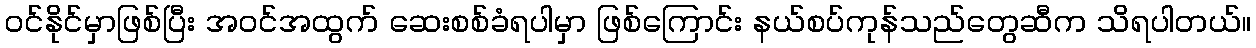
ဝင်နိုင်မှာဖြစ်ပြီး အဝင်အထွက် ဆေးစစ်ခံရပါမှာ ဖြစ်ကြောင်း နယ်စပ်ကုန်သည်တွေဆီက သိရပါတယ်။